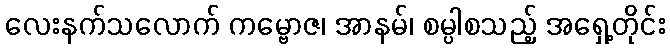
လေးနက်သလောက် ကမ္ဗောဇ၊ အာနမ်၊ စမ္ပါစသည့် အရှေ့တိုင်း